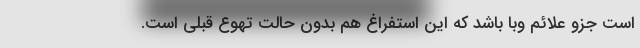
است جزو علائم وبا باشد که این استفراغ هم بدون حالت تهوع قبلی است.